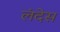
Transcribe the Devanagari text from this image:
लंदेस